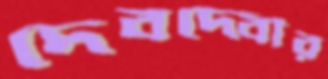
দেবদেবীর